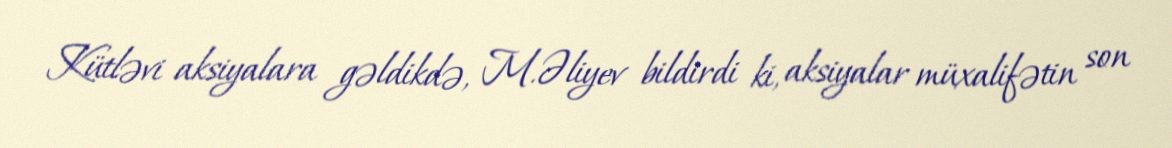
Kütləvi aksiyalara gəldikdə, M.Əliyev bildirdi ki, aksiyalar müxalifətin son